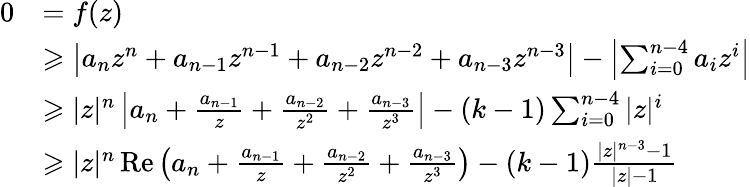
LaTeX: \begin{array}{rl}{0}&{=f(z)}\\ &{\geqslant\left|a_{n}z^{n}+a_{n-1}z^{n-1}+a_{n-2}z^{n-2}+a_{n-3}z^{n-3}\right|-\left|\sum_{i=0}^{n-4}a_{i}z^{i}\right|}\\ &{\geqslant|z|^{n}\left|a_{n}+\frac{a_{n-1}}{z}+\frac{a_{n-2}}{z^{2}}+\frac{a_{n-3}}{z^{3}}\right|-(k-1)\sum_{i=0}^{n-4}|z|^{i}}\\ &{\geqslant|z|^{n}\operatorname{Re}\left(a_{n}+\frac{a_{n-1}}{z}+\frac{a_{n-2}}{z^{2}}+\frac{a_{n-3}}{z^{3}}\right)-(k-1)\frac{|z|^{n-3}-1}{|z|-1}}\end{array}